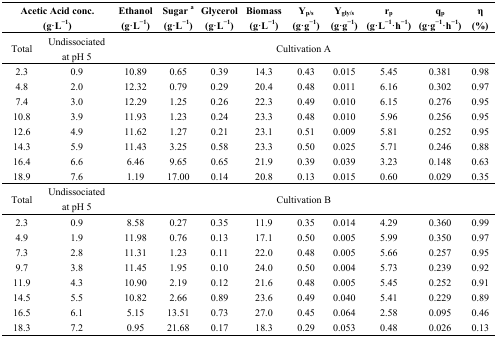
<table><thead><tr><td colspan="2"><b>Acetic Acid conc. (g·L<sup>−1</sup>)</b></td><td><b>Ethanol (g·L<sup>−1</sup>)</b></td><td><b>Sugar <sup>a</sup> (g·L<sup>−1</sup>)</b></td><td><b>Glycerol (g·L<sup>−1</sup>)</b></td><td><b>Biomass (g·L<sup>−1</sup>)</b></td><td><b>Y<sub>p/s</sub> (g·g<sup>−1</sup>)</b></td><td><b>Y<sub>gly/s</sub> (g·g<sup>−1</sup>)</b></td><td><b>r<sub>p</sub> (g·L<sup>−1</sup>·h<sup>−1</sup>)</b></td><td><b>q<sub>p</sub> (g·g<sup>−1</sup>·h<sup>−1</sup>)</b></td><td><b>η (%)</b></td></tr></thead><tbody><tr><td>Total</td><td>Undissociated at pH 5</td><td colspan="9">Cultivation A</td></tr><tr><td>2.3</td><td>0.9</td><td>10.89</td><td>0.65</td><td>0.39</td><td>14.3</td><td>0.43</td><td>0.015</td><td>5.45</td><td>0.381</td><td>0.98</td></tr><tr><td>4.8</td><td>2.0</td><td>12.32</td><td>0.79</td><td>0.29</td><td>20.4</td><td>0.48</td><td>0.011</td><td>6.16</td><td>0.302</td><td>0.97</td></tr><tr><td>7.4</td><td>3.0</td><td>12.29</td><td>1.25</td><td>0.26</td><td>22.3</td><td>0.49</td><td>0.010</td><td>6.15</td><td>0.276</td><td>0.95</td></tr><tr><td>10.8</td><td>3.9</td><td>11.93</td><td>1.23</td><td>0.24</td><td>23.3</td><td>0.48</td><td>0.010</td><td>5.96</td><td>0.256</td><td>0.95</td></tr><tr><td>12.6</td><td>4.9</td><td>11.62</td><td>1.27</td><td>0.21</td><td>23.1</td><td>0.51</td><td>0.009</td><td>5.81</td><td>0.252</td><td>0.95</td></tr><tr><td>14.3</td><td>5.9</td><td>11.43</td><td>3.25</td><td>0.58</td><td>23.3</td><td>0.50</td><td>0.025</td><td>5.71</td><td>0.246</td><td>0.88</td></tr><tr><td>16.4</td><td>6.6</td><td>6.46</td><td>9.65</td><td>0.65</td><td>21.9</td><td>0.39</td><td>0.039</td><td>3.23</td><td>0.148</td><td>0.63</td></tr><tr><td>18.9</td><td>7.6</td><td>1.19</td><td>17.00</td><td>0.14</td><td>20.8</td><td>0.13</td><td>0.015</td><td>0.60</td><td>0.029</td><td>0.35</td></tr><tr><td>Total</td><td>Undissociated at pH 5</td><td colspan="9">Cultivation B</td></tr><tr><td>2.3</td><td>0.9</td><td>8.58</td><td>0.27</td><td>0.35</td><td>11.9</td><td>0.35</td><td>0.014</td><td>4.29</td><td>0.360</td><td>0.99</td></tr><tr><td>4.9</td><td>1.9</td><td>11.98</td><td>0.76</td><td>0.13</td><td>17.1</td><td>0.50</td><td>0.005</td><td>5.99</td><td>0.350</td><td>0.97</td></tr><tr><td>7.3</td><td>2.8</td><td>11.31</td><td>1.23</td><td>0.11</td><td>22.0</td><td>0.48</td><td>0.005</td><td>5.66</td><td>0.257</td><td>0.95</td></tr><tr><td>9.7</td><td>3.8</td><td>11.45</td><td>1.95</td><td>0.10</td><td>24.0</td><td>0.50</td><td>0.004</td><td>5.73</td><td>0.239</td><td>0.92</td></tr><tr><td>11.9</td><td>4.3</td><td>10.90</td><td>2.19</td><td>0.12</td><td>21.6</td><td>0.48</td><td>0.005</td><td>5.45</td><td>0.252</td><td>0.91</td></tr><tr><td>14.5</td><td>5.5</td><td>10.82</td><td>2.66</td><td>0.89</td><td>23.6</td><td>0.49</td><td>0.040</td><td>5.41</td><td>0.229</td><td>0.89</td></tr><tr><td>16.5</td><td>6.1</td><td>5.15</td><td>13.51</td><td>0.73</td><td>27.0</td><td>0.45</td><td>0.064</td><td>2.58</td><td>0.095</td><td>0.46</td></tr><tr><td>18.3</td><td>7.2</td><td>0.95</td><td>21.68</td><td>0.17</td><td>18.3</td><td>0.29</td><td>0.053</td><td>0.48</td><td>0.026</td><td>0.13</td></tr></tbody></table>